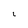
Character: L